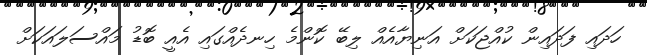
ހަދައި ފަދައިން ކުއްޖަކަށް އަނިޔާއެއް ލިބޭ ކޮންމެ ހިނދެއްގައި އެއީ ބޮޑު މައްސަލައަކަށް